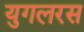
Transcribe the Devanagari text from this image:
युगलरस